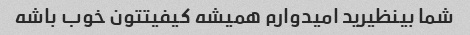
شما بینظیرید امیدوارم همیشه کیفیتتون خوب باشه